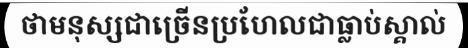
ថាមនុស្សជាច្រើនប្រហែលជាធ្លាប់ស្គាល់